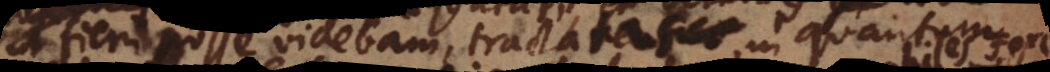
t fieri posse videbam, tractatas, in quantum